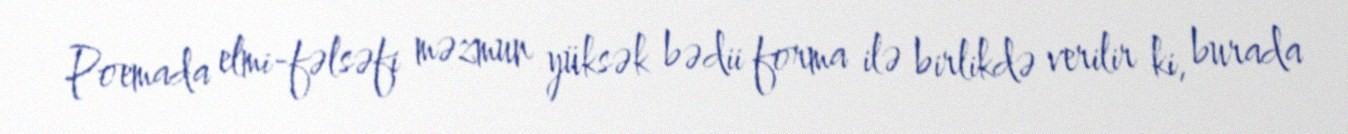
Poemada elmi-fəlsəfi məzmun yüksək bədii forma ilə birlikdə verilir ki, burada